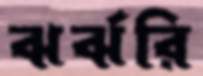
ঝর্ঝরি